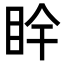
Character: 𥄺